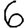
Digit: 6